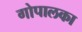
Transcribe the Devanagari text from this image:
गोपालका